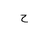
Letter: _ha